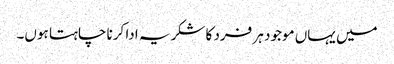
میں یہاں موجود ہر فرد کا شکریہ ادا کرنا چاہتا ہوں۔